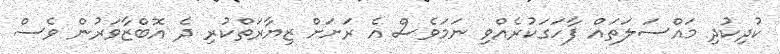
ކުދިކުދި މައްސަލަތައް ފާހަގަކުރެއްވި ނަމަވެސް އެ ރަށަށް ޒިޔާރަތްކުރި ދެ އޮބްޒާވަރުން ވެސް